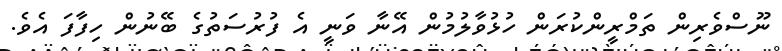
ނޫސްވެރިން ތަމްރީންކުރަން ހުޅުވާލުމުން އޭނާ ވަނީ އެ ފުރުސަތުގެ ބޭނުން ހިފާފަ އެވެ.